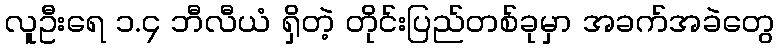
လူဦးရေ ၁.၄ ဘီလီယံ ရှိတဲ့ တိုင်းပြည်တစ်ခုမှာ အခက်အခဲတွေ